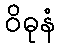
ဝိဓုနံ